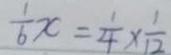
\frac { 1 } { 6 } x = \frac { 1 } { 4 } \times \frac { 1 } { 1 2 }